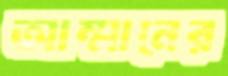
আম্মানের